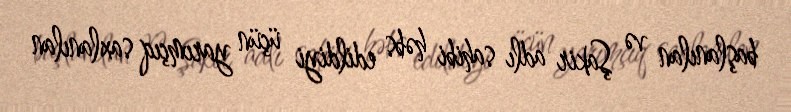
başlanılan və Şakir adlı sahibi həbs edildiyi üçün yarımçıq saxlanılan